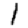
Digit: 1